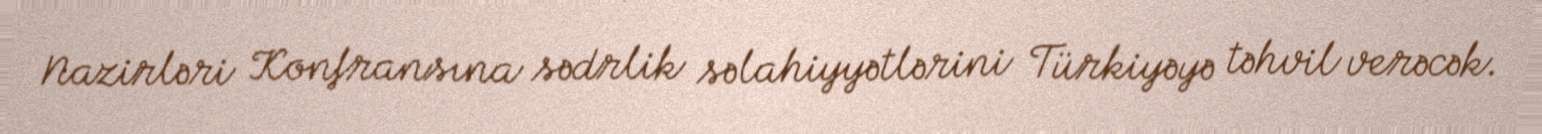
Nazirləri Konfransına sədrlik səlahiyyətlərini Türkiyəyə təhvil verəcək.